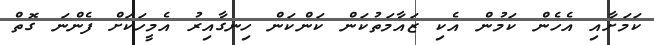
ކަމަށާއި އެހެން ކަމުން އެކި ޒައާމަތުކަން ކަންކަން ހިނގާއިރު އެމީހަކަށް ފެންނަ ގޮތް